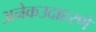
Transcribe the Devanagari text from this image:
अनेकउदाहरणे